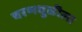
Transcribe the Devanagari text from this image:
चरणधुळीला